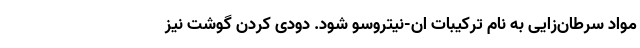
مواد سرطان‌زایی به نام ترکیبات ان-نیتروسو شود. دودی کردن گوشت نیز